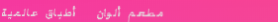
مطعم ألوان   أطباق عالمية